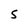
Character: S